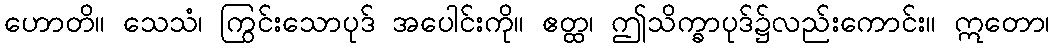
ဟောတိ။ သေသံ၊ ကြွင်းသောပုဒ် အပေါင်းကို။ ဧတ္ထ၊ ဤသိက္ခာပုဒ်၌လည်းကောင်း။ ဣတော၊